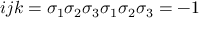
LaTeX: \begin{array} { r } { i j k = \sigma _ { 1 } \sigma _ { 2 } \sigma _ { 3 } \sigma _ { 1 } \sigma _ { 2 } \sigma _ { 3 } = - 1 } \end{array}